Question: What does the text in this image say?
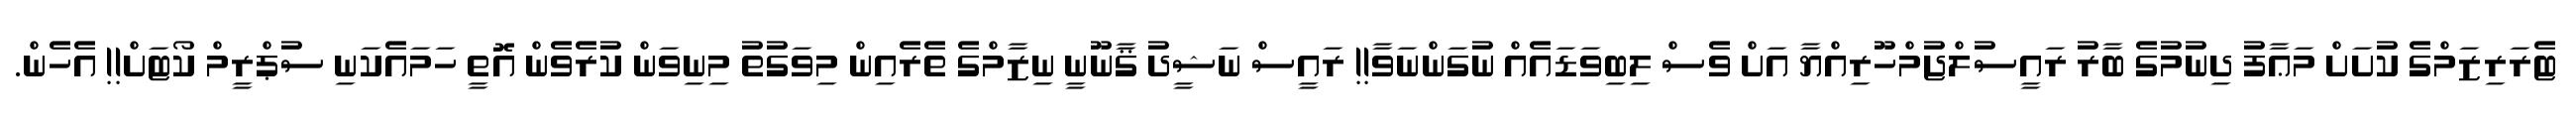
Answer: ޓެރަރިޒަމްގެ ކުށަށް މަޢާފު ދިނުމުގެ ބާރު ރައީސުލްޖުމްހޫރިއްޔާ އަށް ވެސް ލިބިވަޑައެއް ނުގަންނަވާ!! ރައީސް ނަޝީދު ޤާނޫނީ ނިޒާމްގެ ތެރެއިން މިވަގުތު މިނިވަން ކުރެވެން އޮތީ ހަމައެކަނި ސުޕްރީމް ކޯޓަށް!! އެހެން.